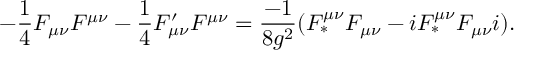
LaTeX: - \frac { 1 } { 4 } F _ { \mu \nu } F ^ { \mu \nu } - \frac { 1 } { 4 } F _ { \mu \nu } ^ { \prime } F ^ { \mu \nu } = \frac { - 1 } { 8 g ^ { 2 } } ( { \cal F } _ { \ast } ^ { \mu \nu } { \cal F } _ { \mu \nu } - i { \cal F } _ { \ast } ^ { \mu \nu } { \cal F } _ { \mu \nu } i ) .